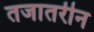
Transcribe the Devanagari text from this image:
तजातरीन